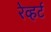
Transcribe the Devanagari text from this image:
रेव्हर्ट